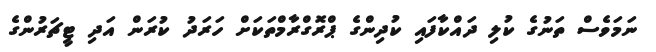
ނަަމަވެސް ތަނުގެ ކުލި ދައްކާފައި ކުދިންގެ ޕްރޮގްރާމްތަކަށް ހަރަދު ކުރަން އަދި ޓީޗަރުންގެ